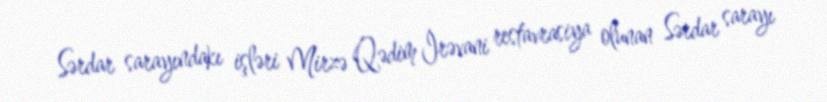
Sərdar sarayındakı işləri Mirzə Qədim İrəvani restavrasiya olunan Sərdar sarayı